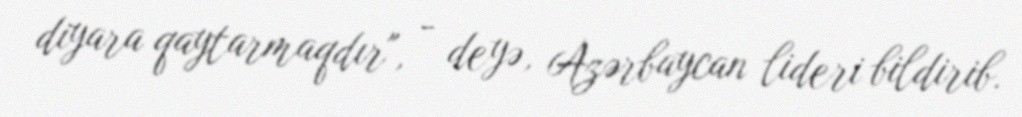
diyara qaytarmaqdır", - deyə, Azərbaycan lideri bildirib.